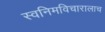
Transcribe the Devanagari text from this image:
स्वनिमविचारालाच